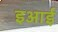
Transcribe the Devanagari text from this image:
इआई